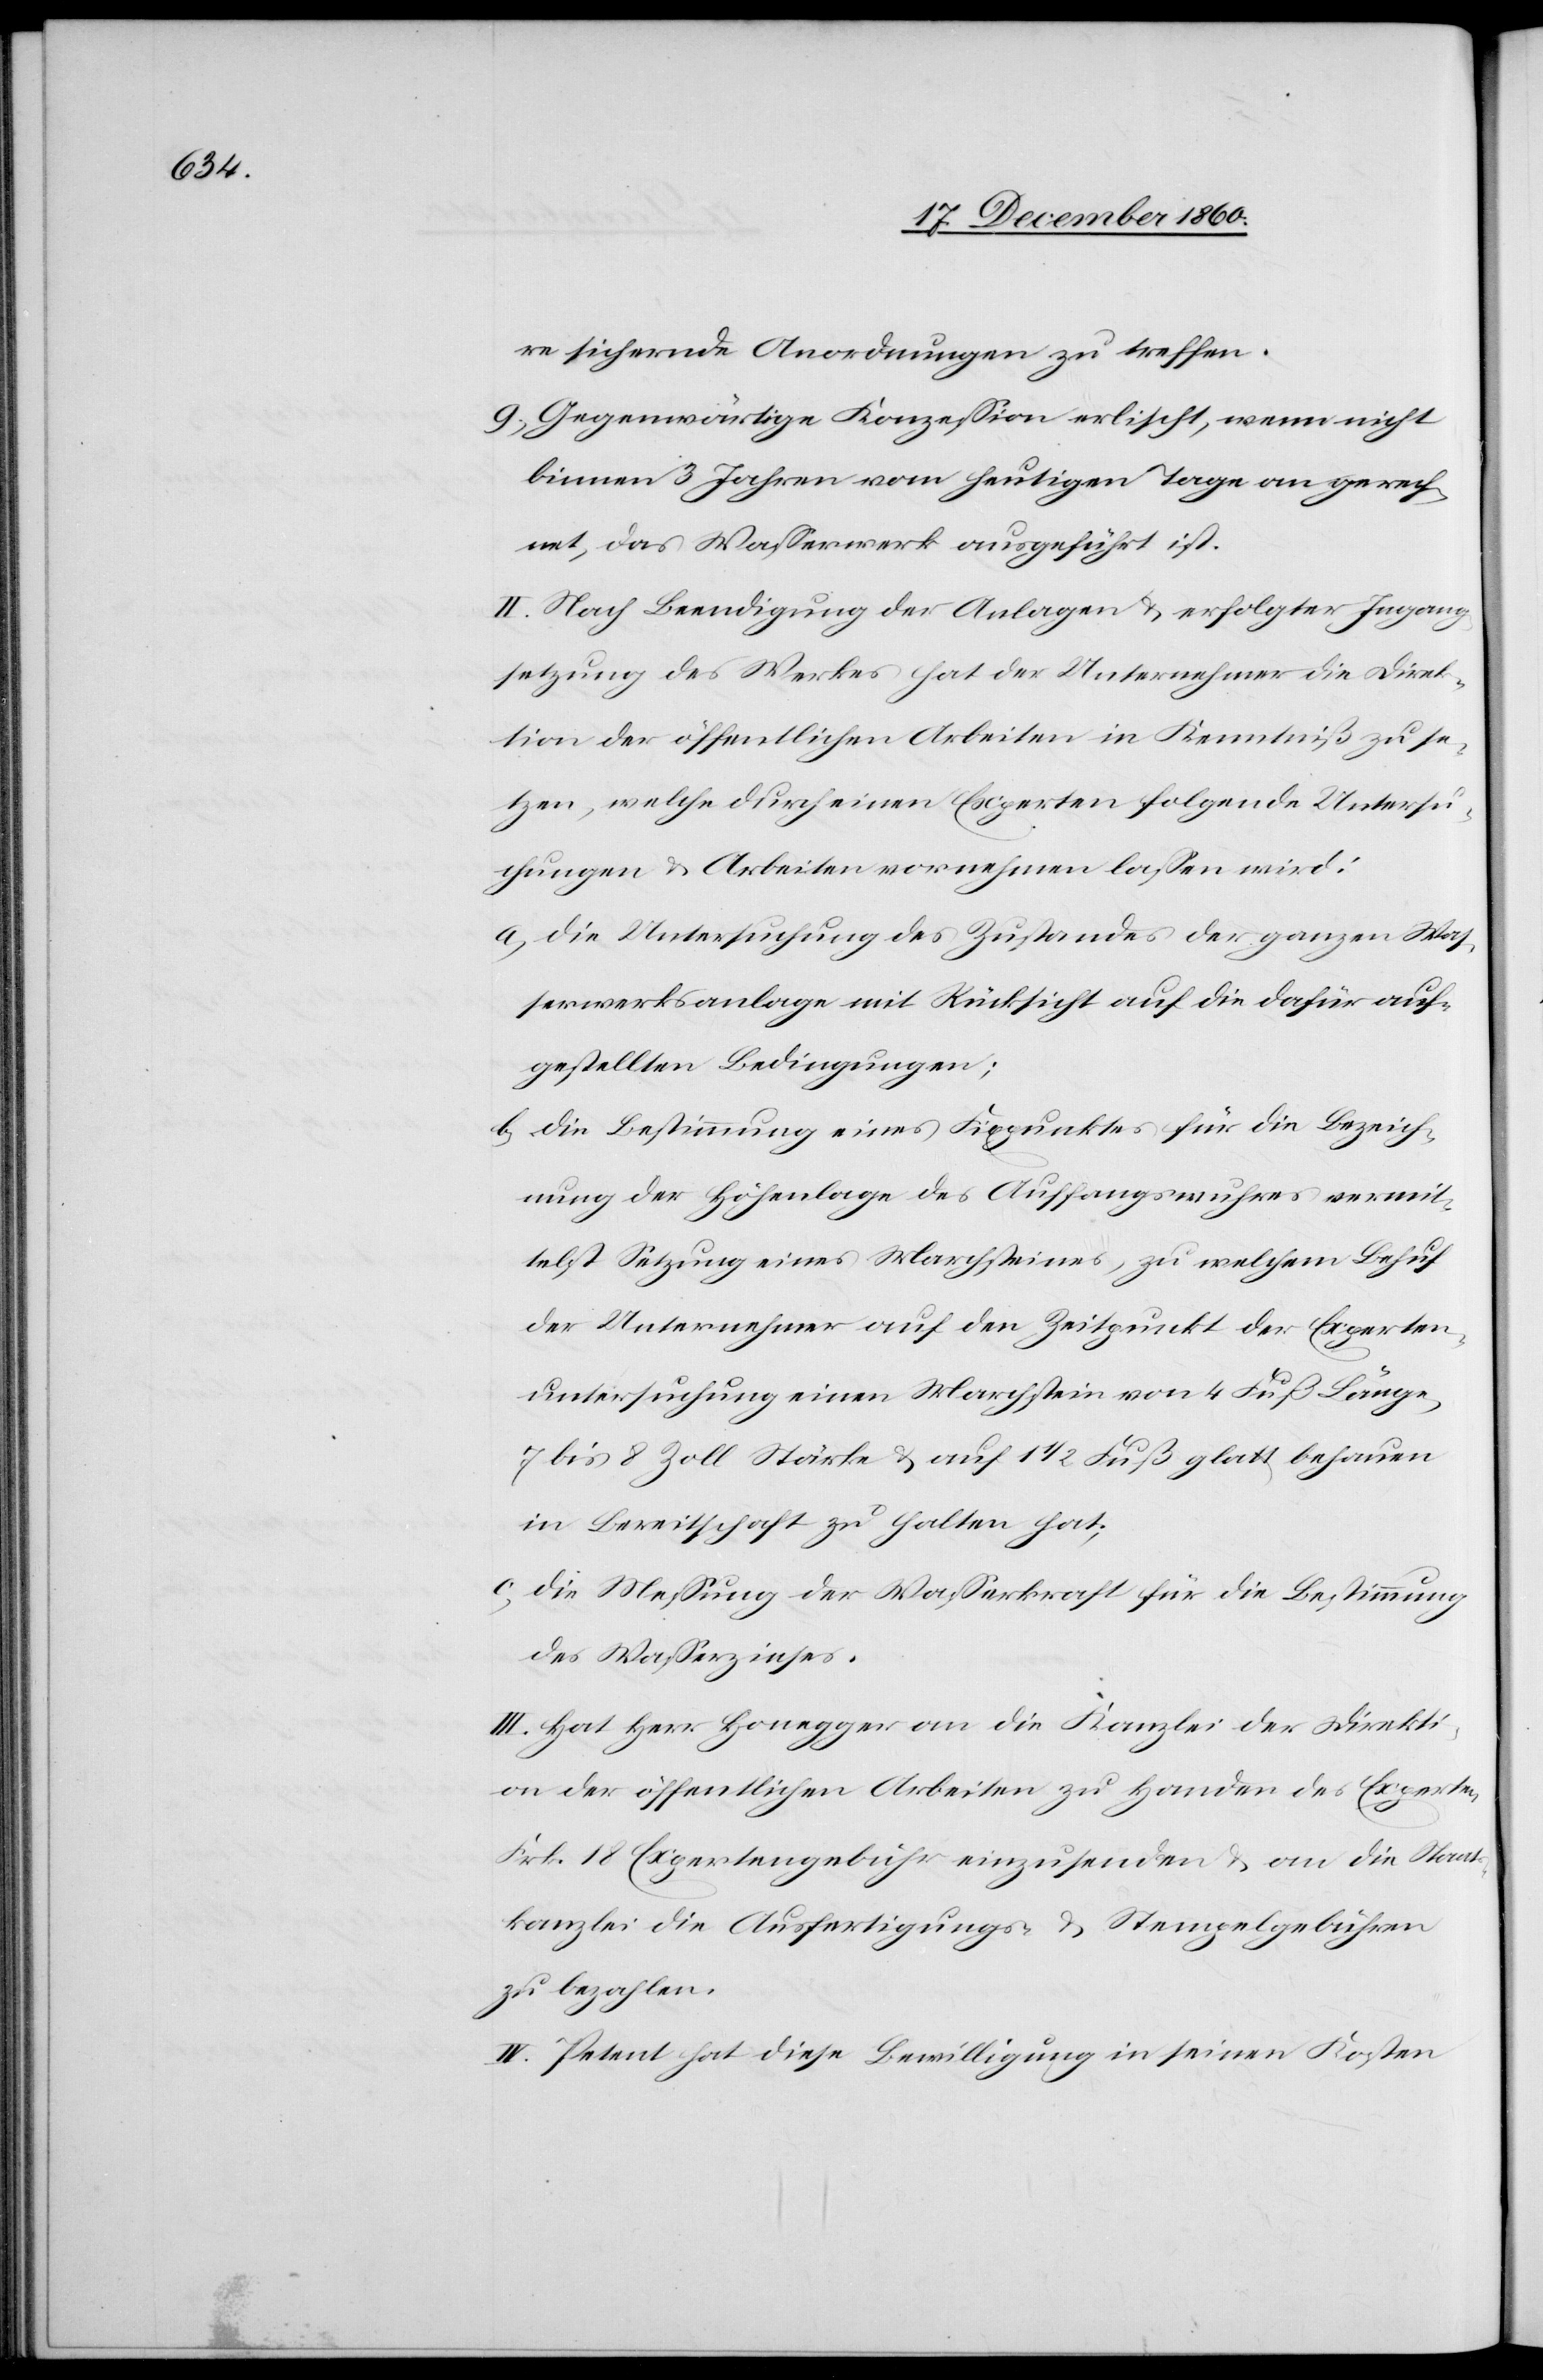
sichernde Anordnungen zu treffen.
9. Gegenwärtige Konzession erlischt, wenn nicht
binnen 3 Jahren vom heutigen Tage an gerech¬
net, das Wasserwerk ausgeführt ist.
II. Nach Beendigung der Analagen u. erfolgter Ingang¬
setzung des Werkes hat der Unternehmer die Direk¬
tion der öffentlichen Arbeiten in Kenntniß zu se¬
tzen, welche durch einen Experten folgende Untersu¬
chungen u. Arbeiten vornehmen lassen wird:
a. Die Untersuchung des Zustandes der ganzen Was¬
serwerksanlage mit Rücksicht auf die dafür auf¬
gestellten Bedingungen;
b. Die Bestimmung eines Fixpunktes für die Bezeich¬
nung der Höhenlage des Auffangswuhres vermit¬
telst Setzung eines Marchsteines, zu welchem Behuf
der Unternehmer auf den Zeitpunkt der Experten¬
untersuchung einen Marchstein von 4 Fuß Länge,
7 bis 8 Zoll Stärke u. auf 1 1/2 Fuß glatt behauen
in Bereitschaft zu halten hat;
c. Die Messung der Wasserkraft für die Bestimmung
des Wasserzinses.
III. Hat Herr Honegger an die Kanzlei der Direkti¬
on der öffentlichen Arbeiten zu Handen des Experten
Frk. 18 Expertengebühr einzusenden u. an die Staats¬
kanzlei die Ausfertigungs- u. Stempelgebühren
zu bezahlen.
IV. Petent hat diese Bewilligung in seinen Kosten